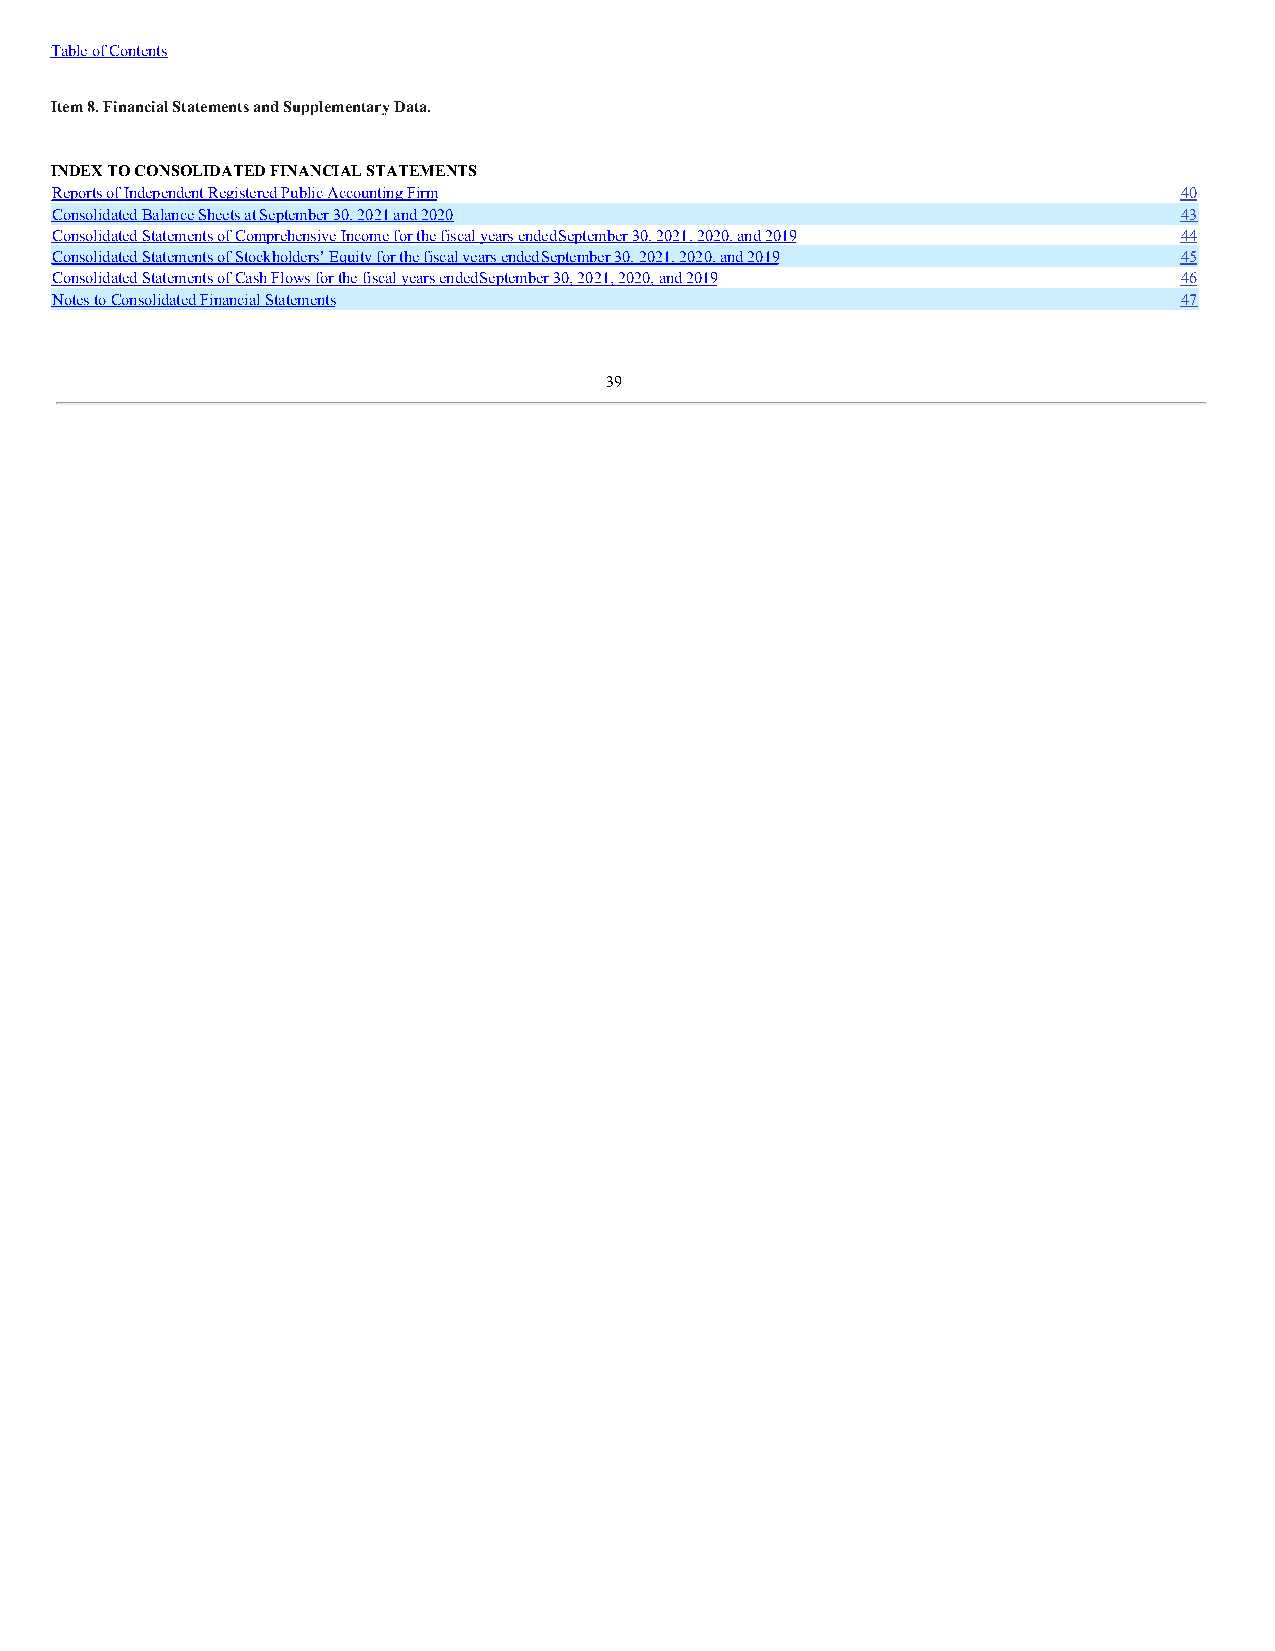
Table of Contents
 Item 8. Financial Statements and Supplementary Data.
 INDEX TO CONSOLIDATED FINANCIAL STATEMENTS
 Reports of Independent Registered Public Accounting Firm                   40
 Consolidated Balance Sheets at September 30, 2021 and 2020                 43
 Consolidated Statements of Comprehensive Income for the fiscal years ended September 30, 2021, 2020, and 2019 44
 Consolidated Statements of Stockholders’ Equity for the fiscal years ended September 30, 2021, 2020, and 2019 45
 Consolidated Statements of Cash Flows for the fiscal years ended September 30, 2021, 2020, and 2019 46
 Notes to Consolidated Financial Statements                                 47
 39